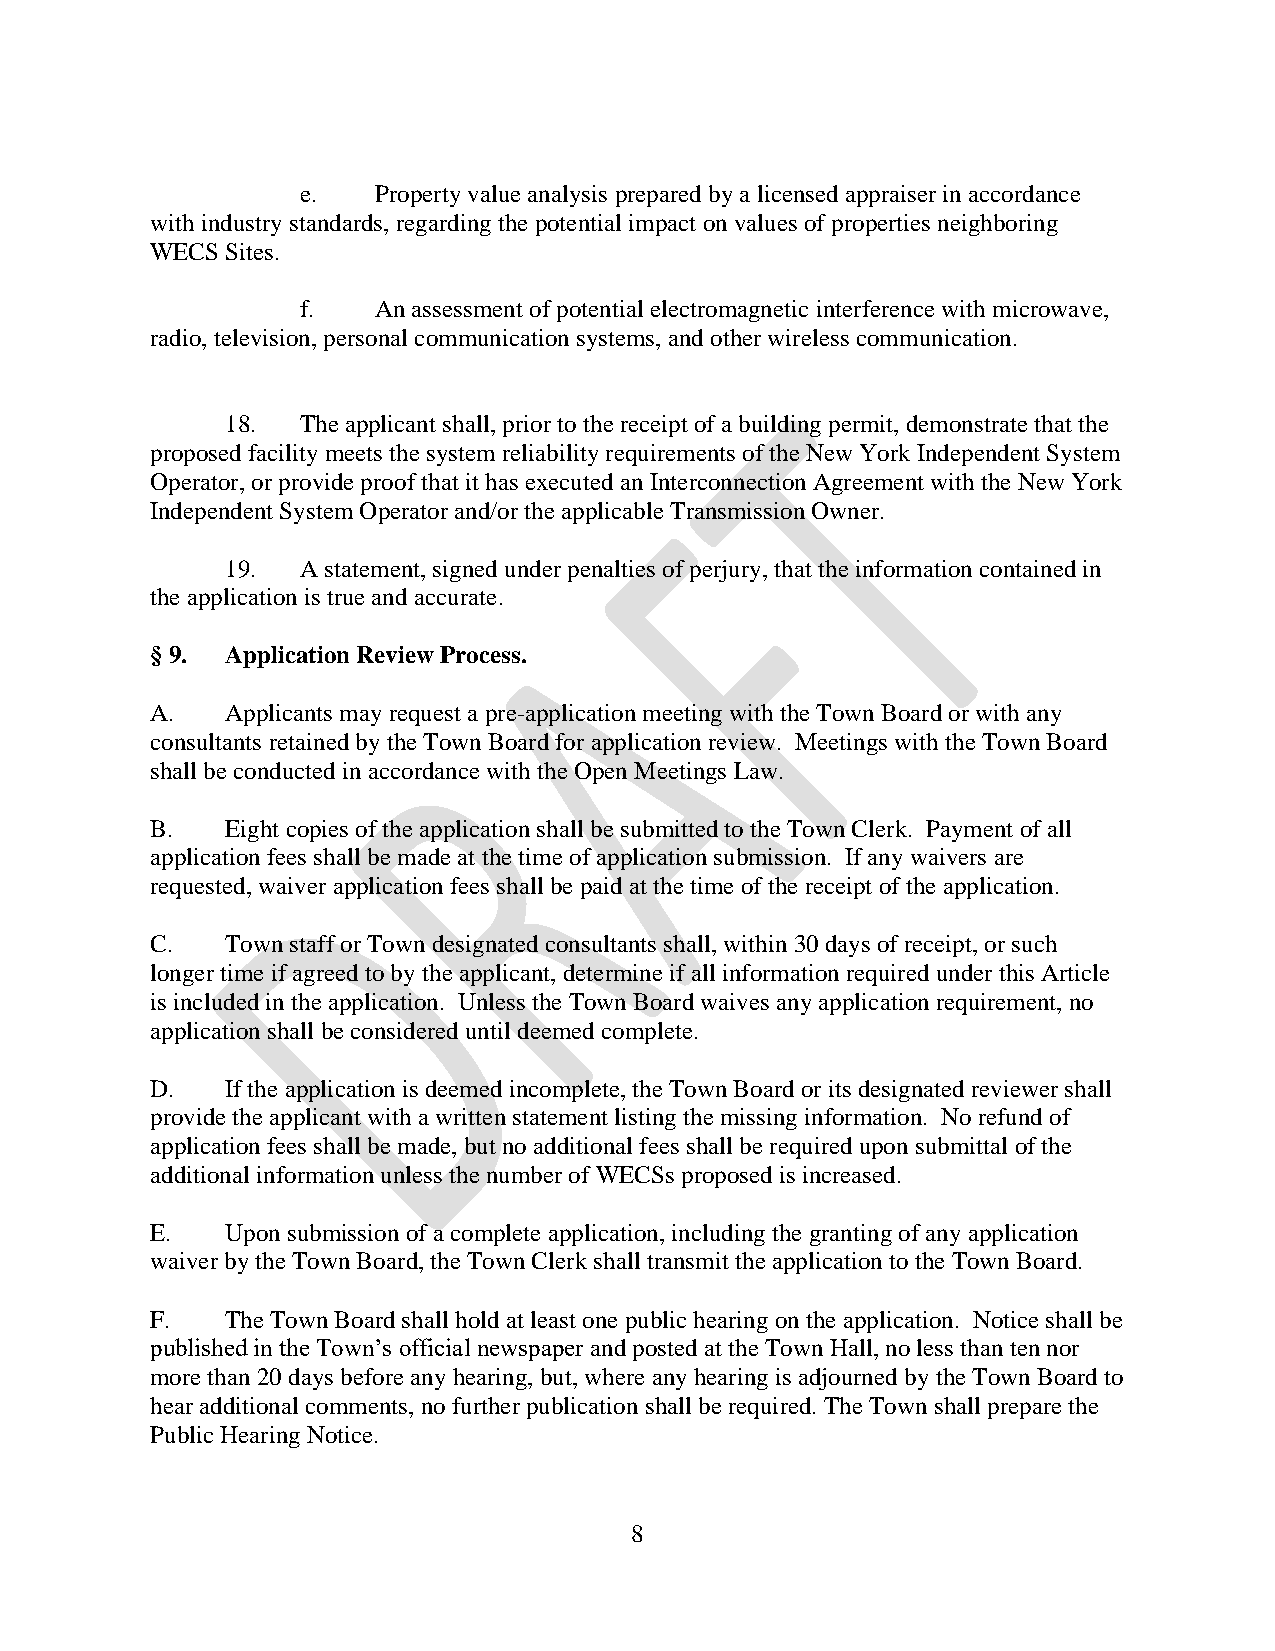
e.   Property value analysis prepared by a licensed appraiser in accordance
 with industry standards, regarding the potential impact on values of properties neighboring
 WECS Sites.
 f.   An assessment of potential electromagnetic interference with microwave,
 radio, television, personal communication systems, and other wireless communication.
 18.  The applicant shall, prior to the receipt of a building permit, demonstrate that the
 proposed facility meets the system reliability requirements of the New York Independent System
 Operator, or provide proof that it has executed an Interconnection Agreement with the New York
 Independent System Operator and/or the applicable Transmission Owner.
 19.  A statement, signed under penalties of perjury, that the information contained in
 the application is true and accurate.
 § 9. Application Review Process.
 A.   Applicants may request a pre-application meeting with the Town Board or with any
 consultants retained by the Town Board for application review. Meetings with the Town Board
 shall be conducted in accordance with the Open Meetings Law.
 B.   Eight copies of the application shall be submitted to the Town Clerk. Payment of all
 application fees shall be made at the time of application submission. If any waivers are
 requested, waiver application fees shall be paid at the time of the receipt of the application.
 C.   Town staff or Town designated consultants shall, within 30 days of receipt, or such
 longer time if agreed to by the applicant, determine if all information required under this Article
 is included in the application. Unless the Town Board waives any application requirement, no
 application shall be considered until deemed complete.
 D.   If the application is deemed incomplete, the Town Board or its designated reviewer shall
 provide the applicant with a written statement listing the missing information. No refund of
 application fees shall be made, but no additional fees shall be required upon submittal of the
 additional information unless the number of WECSs proposed is increased.
 E.   Upon submission of a complete application, including the granting of any application
 waiver by the Town Board, the Town Clerk shall transmit the application to the Town Board.
 F.   The Town Board shall hold at least one public hearing on the application. Notice shall be
 published in the Town’s official newspaper and posted at the Town Hall, no less than ten nor
 more than 20 days before any hearing, but, where any hearing is adjourned by the Town Board to
 hear additional comments, no further publication shall be required. The Town shall prepare the
 Public Hearing Notice.
 8